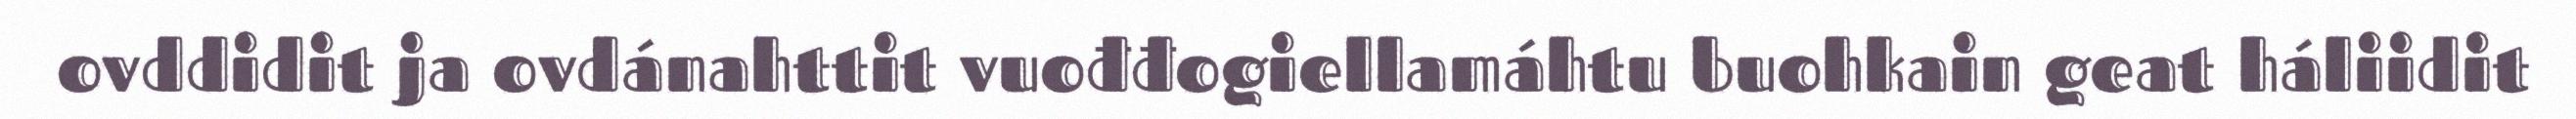
ovddidit ja ovdánahttit vuođđogiellamáhtu buohkain geat háliidit